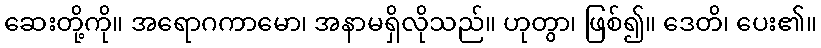
ဆေးတို့ကို။ အရောဂကာမော၊ အနာမရှိလိုသည်။ ဟုတွာ၊ ဖြစ်၍။ ဒေတိ၊ ပေး၏။